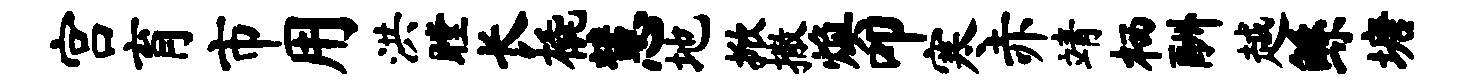
宫育市用洪瞠长橇慧地掀撒焕叩寒赤靖栖酬越鲧塘